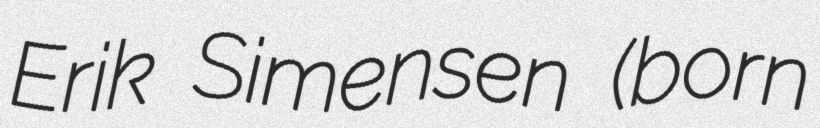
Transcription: Erik Simensen (born